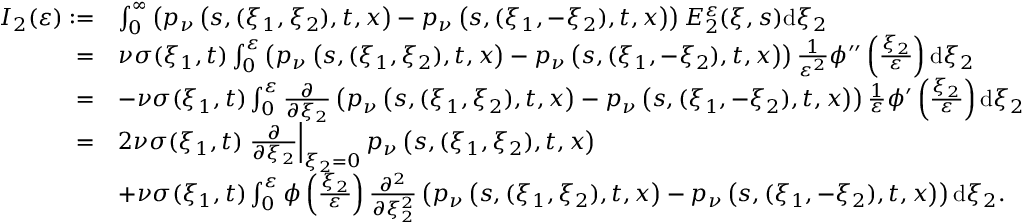
\begin{array} { r l } { I _ { 2 } ( \varepsilon ) : = } & { \int _ { 0 } ^ { \infty } \left( p _ { \nu } \left( s , ( \xi _ { 1 } , \xi _ { 2 } ) , t , x \right) - p _ { \nu } \left( s , ( \xi _ { 1 } , - \xi _ { 2 } ) , t , x \right) \right) E _ { 2 } ^ { \varepsilon } ( \xi , s ) \mathrm { d } \xi _ { 2 } } \\ { = } & { \nu \sigma ( \xi _ { 1 } , t ) \int _ { 0 } ^ { \varepsilon } \left( p _ { \nu } \left( s , ( \xi _ { 1 } , \xi _ { 2 } ) , t , x \right) - p _ { \nu } \left( s , ( \xi _ { 1 } , - \xi _ { 2 } ) , t , x \right) \right) \frac { 1 } { \varepsilon ^ { 2 } } \phi ^ { \prime \prime } \left( \frac { \xi _ { 2 } } { \varepsilon } \right) \mathrm { d } \xi _ { 2 } } \\ { = } & { - \nu \sigma ( \xi _ { 1 } , t ) \int _ { 0 } ^ { \varepsilon } \frac { \partial } { \partial \xi _ { 2 } } \left( p _ { \nu } \left( s , ( \xi _ { 1 } , \xi _ { 2 } ) , t , x \right) - p _ { \nu } \left( s , ( \xi _ { 1 } , - \xi _ { 2 } ) , t , x \right) \right) \frac { 1 } { \varepsilon } \phi ^ { \prime } \left( \frac { \xi _ { 2 } } { \varepsilon } \right) \mathrm { d } \xi _ { 2 } } \\ { = } & { 2 \nu \sigma ( \xi _ { 1 } , t ) \left. \frac { \partial } { \partial \xi _ { 2 } } \right| _ { \xi _ { 2 } = 0 } p _ { \nu } \left( s , ( \xi _ { 1 } , \xi _ { 2 } ) , t , x \right) } \\ & { + \nu \sigma ( \xi _ { 1 } , t ) \int _ { 0 } ^ { \varepsilon } \phi \left( \frac { \xi _ { 2 } } { \varepsilon } \right) \frac { \partial ^ { 2 } } { \partial \xi _ { 2 } ^ { 2 } } \left( p _ { \nu } \left( s , ( \xi _ { 1 } , \xi _ { 2 } ) , t , x \right) - p _ { \nu } \left( s , ( \xi _ { 1 } , - \xi _ { 2 } ) , t , x \right) \right) \mathrm { d } \xi _ { 2 } . } \end{array}